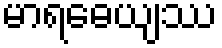
မာရဓေယျဿ